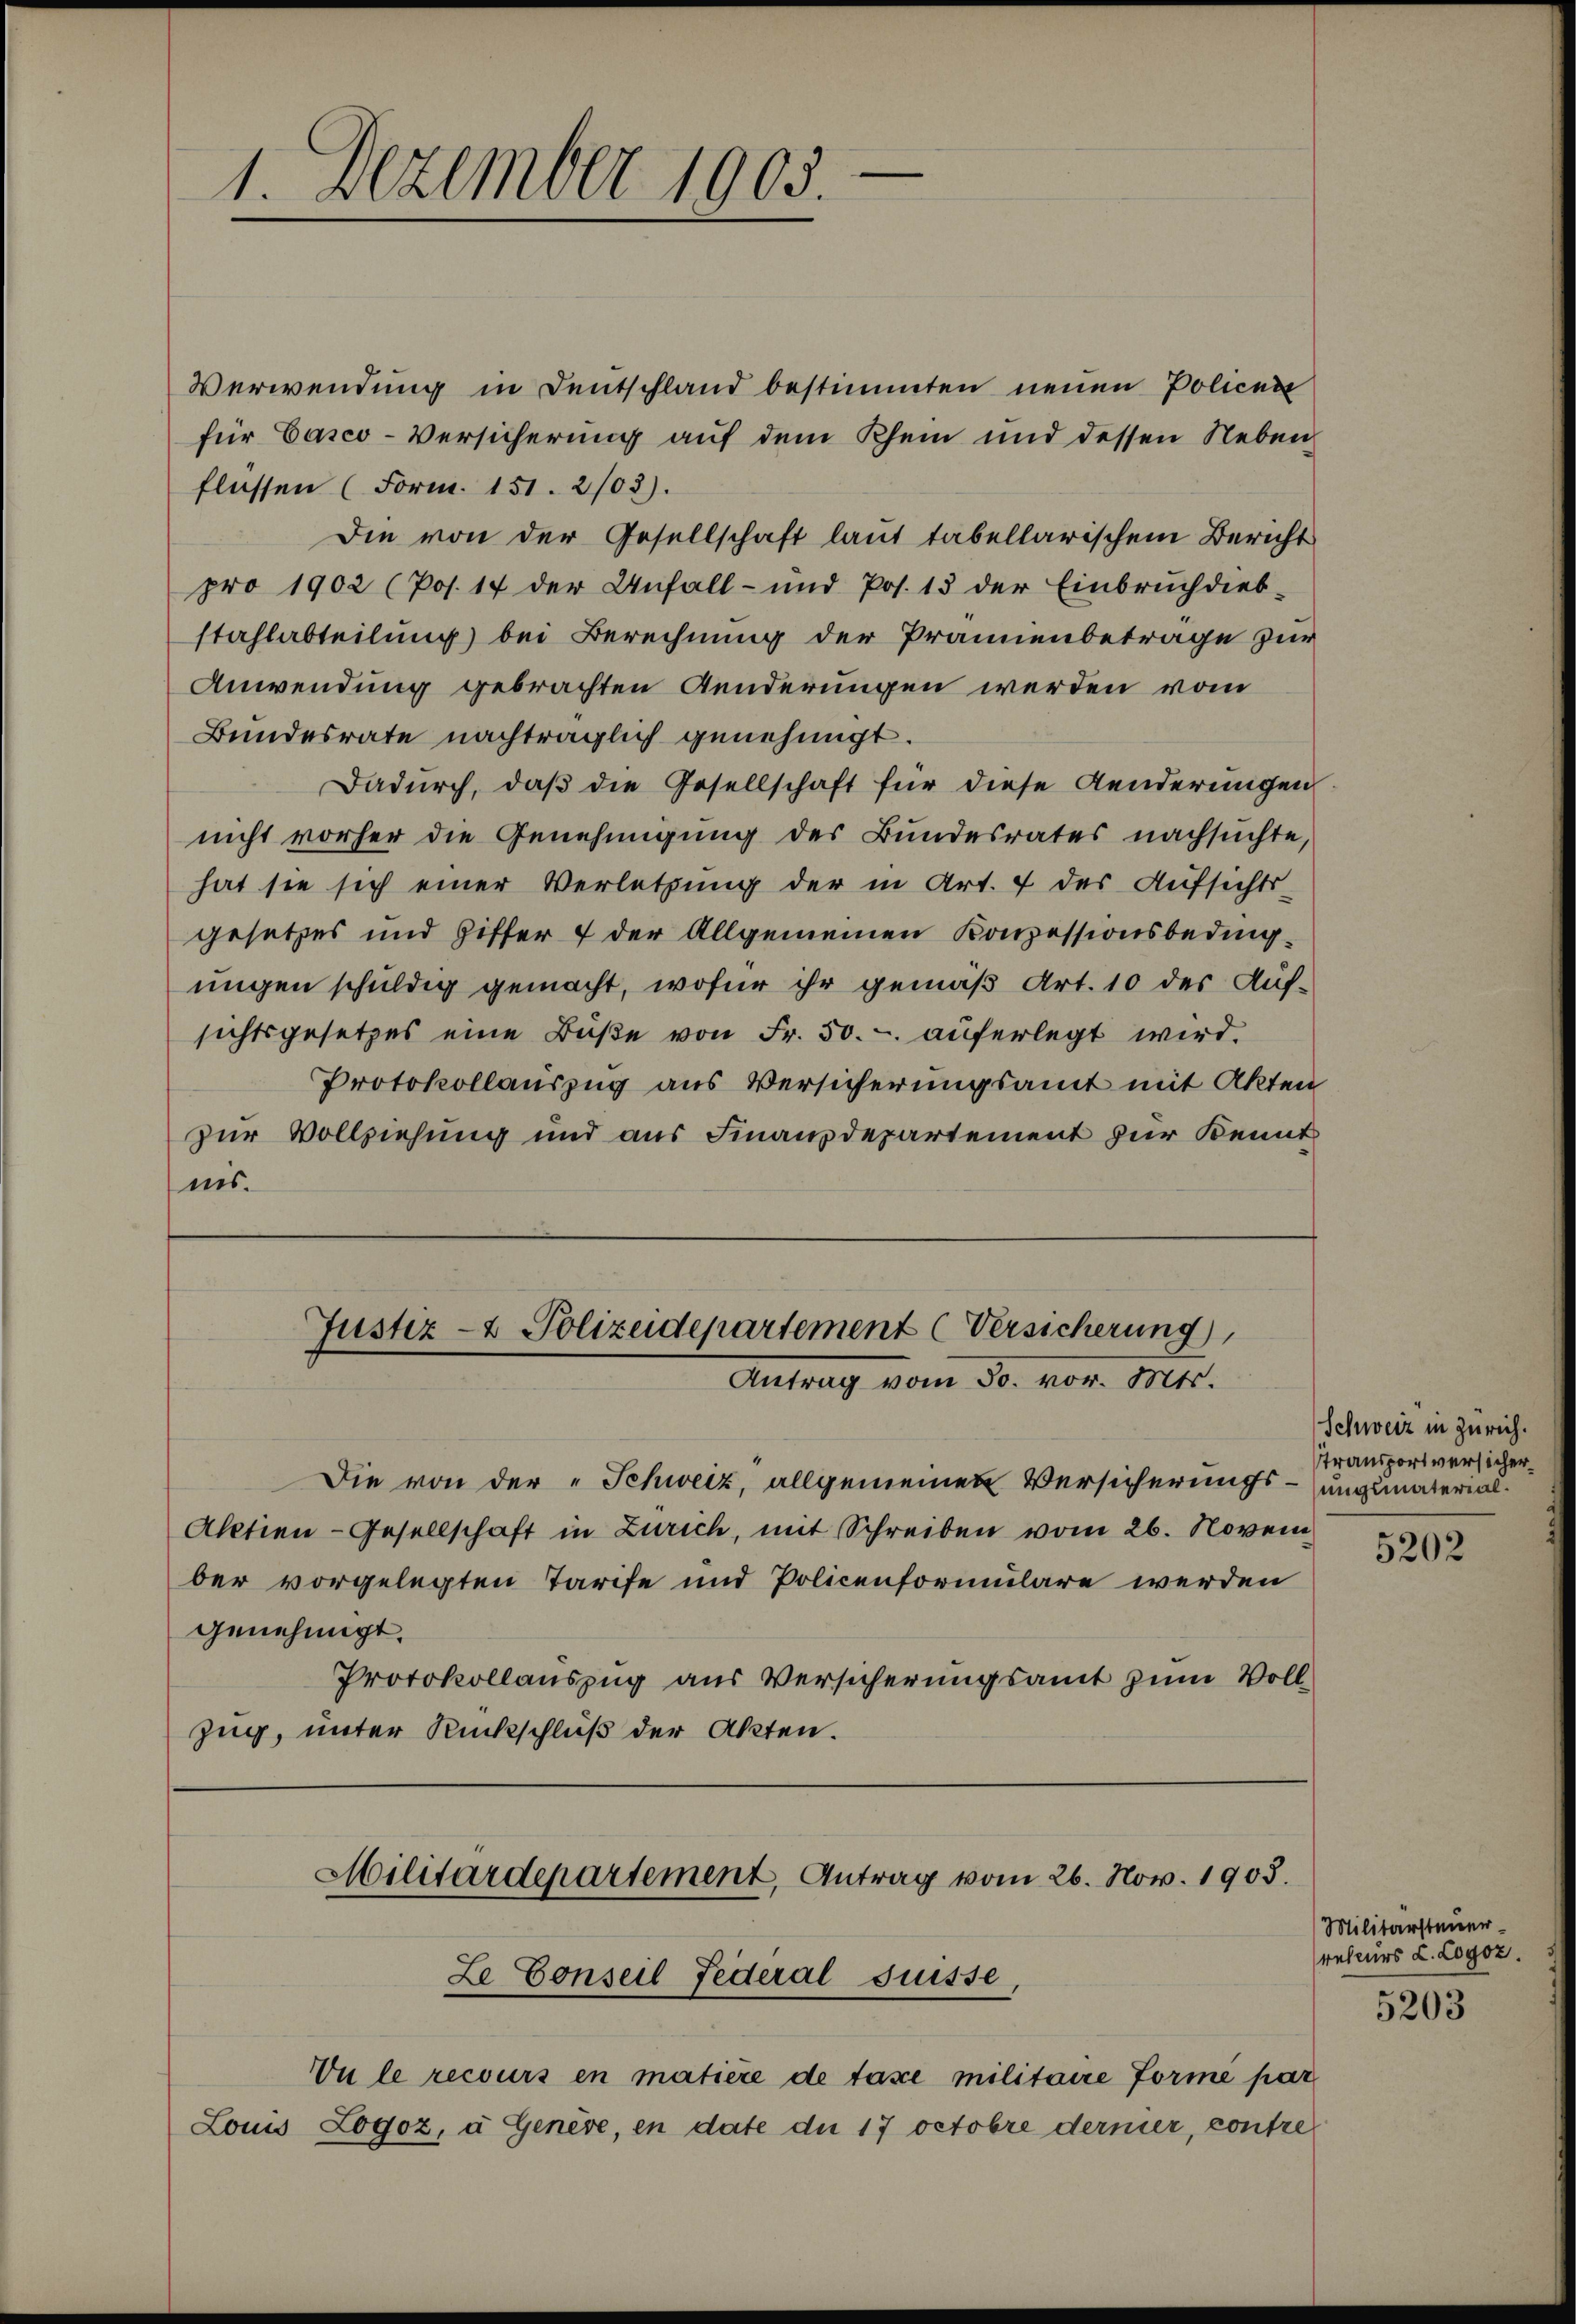
1. Dezember 1903.

Verwendung in Deutschland bestimmten neuen Policen
für Casco-Versicherung auf dem Rhein und dessen Neben
flossen (Form. 151. 2103).
Die von der Gesellschaft laut tabellarischem Bericht
pro 1902 (Pos. 17 der Anfall- und Pos. 13 der Einbrŭch dieb-
stahlabteilung bei Berechnung der Pranenbetrage zur
Anwendung gebrachten Aenderungen werden vom
Bundesrate nachträglich genehmigt.
Dadurch, daß die Gesellschaft für diese Aenderungen
nicht vorher die Genehmigung des Bundesrates nachsuchte,
hat sie sich einer Verletzung der in Art. 7 des Aufsichts-
gesetzes und Ziffer 7 der Allgemeinen Konzessionsbedingungen schuldig gemacht, wofür ihr gemäß Art. 10 der Auf-
sichtsgesetzes eine Bŭβe von Fr. 50.- auferlegt wird.
Protokollauszug aus Versicherungsamt mit Akten
zur Vollziehung und aus Finanzdepartement zur Kennt
nis.

Justiz- & Polizeidepartement (Versicherung),
Antrag vom 30. vor. Mts.

Die von der „Schweiz, allgemeinen Versicherungs¬
Aktien-Gesellschaft in Zürich, mit Schreiben vom 26. November vorgelegten Tarife und Policenformulare werden
genehmigt.
Protokollauszug aus Versicherungsamt zum Vollzug, unter Rückschluß der Akten.

Militärdepartement, Antrag vom 26. Nov. 1903.
Ze Conseil Federal Suisse,

Vu le recours en matière de taxe militaire Forme par
Lomus Logoz, à Genève, en date du 17 octobre derner, contre

Schweiz in Zürich.
Transportversicher
ungumaterial.

5202

Militärsteuer
recurs L. Logoz.

5203